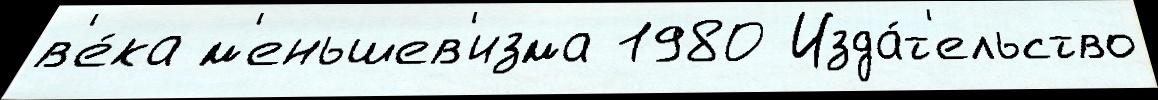
в'е́ка м'еньшев'изма 1980 Изда́т'ельство